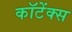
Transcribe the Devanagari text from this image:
कॉटेंक्स